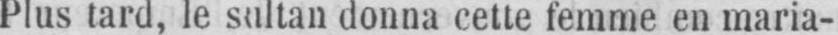
Plus tard, le sultan donna cette femme en maria-